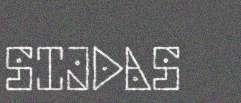
SIJDAS